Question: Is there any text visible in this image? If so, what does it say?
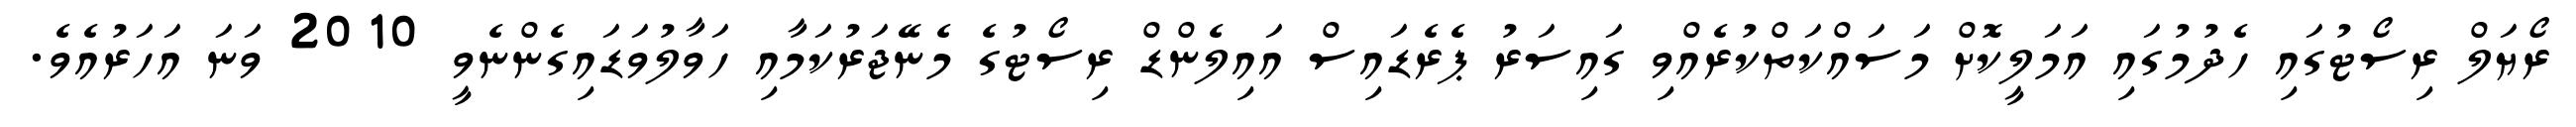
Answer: ރޯޔަލް ރިސޯޓުގައި ހެދުމުގައި އަމަލީކޮށް މަސައްކަތްކުރެއްވި ގައިސަރު ޕެރެޑައިސް އައިލެންޑް ރިސޯޓުގެ މެނޭޖަރުކަމާއި ހަވާލުވަޑައިގެންނެވީ 2010 ވަނަ އަހަރުއެވެ.